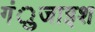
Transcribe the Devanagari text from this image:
गंुजाइश